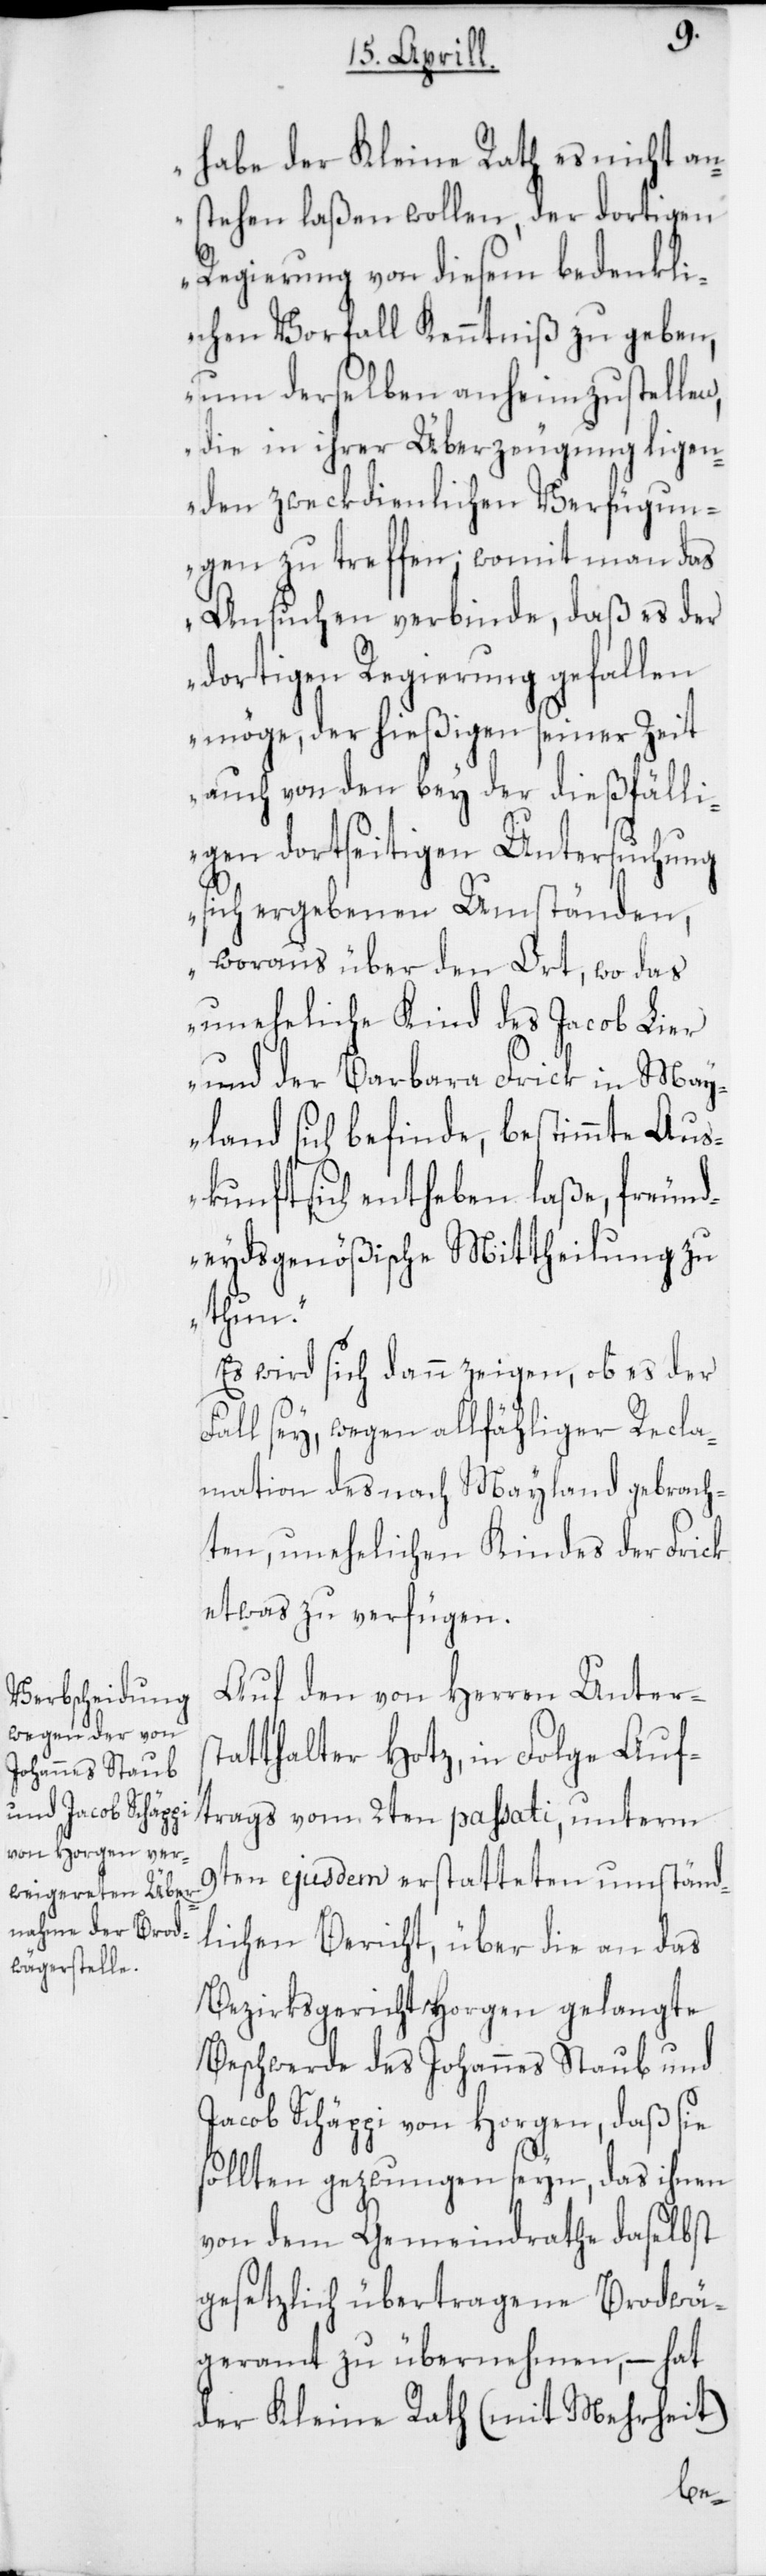
habe der Kleine Rath es nicht an¬
stehen laßen wollen, der dortigen
Regierung von diesem bedenkl¬
ichen Vorfall Kenntniß zu geben,
um derselben anheim zu stellen,
die in ihrer Überzeugung ligen¬
den zweckdienlichen Verfügun¬
gen zu treffen; womit man das
Ansuchen verbinde, daß es der
dortigen Regierung gefallen
möge, der hießigen seiner Zeit
auch von den bey der dießfälli¬
gen dortseitigen Untersuchung
sich ergebenen Umständen,
woraus über den Ort, wo das
uneheliche Kind des Jacob Lier
und der Barbara Frick in May¬
land sich befinde, bestimmte Aus¬
kunft sich entheben laße, freund¬
eydsgenößische Mittheilung zu
tun.“
Es wird sich dann zeigen, ob es der
Fall sey, wegen allfähliger Recla¬
mation des nach Mayland gebrach¬
ten, unehelichen Kindes der Frick
etwas zu verfügen.
Auf den von Herren Unters¬
tatthalter Hotz in Folge Auf¬
trags vom 2ten passati, unterm
9ten ejusdem erstatteten umständ¬
lichen Bericht, über die an das
Bezirksgericht Horgen gelangte
Beschwerde des Johannes Staub und
Jacob Schäppi von Horgen, daß
sollten gezwungen seyn, das ihnen
von dem Gemeindrathe daselbst
gesetzlich übertragene Brodwä¬
geramt zu übernehmen, – hat
der Kleine Rath (mit Mehrheit)